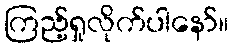
ကြည့်ရှုလိုက်ပါနော်။